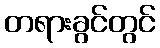
တရားခွင်တွင်